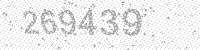
Solution: 269439